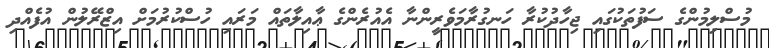
މުސްލިމުންގެ ސަފުތަކުގައި ޖިހާދުކުރާ ހަނގުރާމަވެރީންނާ އެއުރެންގެ ޢާއިލާތައް މަރައި ހުސްކުރުމަށް އިޒްރޭލުން އުފެއްދި